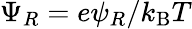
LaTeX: \Psi_{R}=e\psi_{R}/k_{\mathrm{B}}T